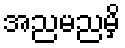
အညမညမှိ